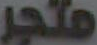
متجر